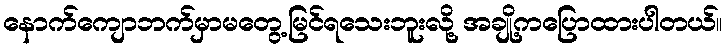
နောက်ကျောဘက်မှာမတွေ့မြင်ရသေးဘူးလို့ အချို့ကပြောထားပါတယ်။